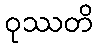
ဝုဿတိ